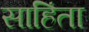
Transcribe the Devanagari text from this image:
साहिंता